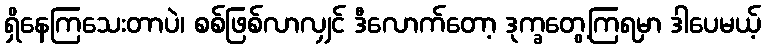
ရှိနေကြသေးတာပဲ၊ စစ်ဖြစ်လာလျှင် ဒီလောက်တော့ ဒုက္ခတွေ့ကြရမှာ ဒါပေမယ့်